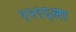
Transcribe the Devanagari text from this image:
१२९६ला